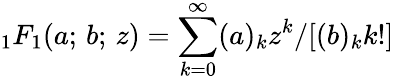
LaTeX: _1F_{1}(a;\, b;\, z)=\sum_{k=0}^{\infty}(a)_{k}z^{k}/[(b)_{k}k!]